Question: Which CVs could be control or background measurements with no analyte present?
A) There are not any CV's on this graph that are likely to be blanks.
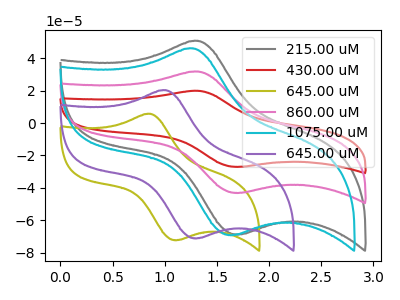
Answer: <think>The gray curve "215.00 uM" has an anodic peak at (1.30V, 50.80uA) and a cathodic peak at (1.70V, -68.75uA). The red curve "430.00 uM" has an anodic peak at (1.30V, 63.70uA) and a cathodic peak at (1.70V, -86.15uA). The olive curve "645.00 uM" has an anodic peak at (0.85V, 5.75uA) and a cathodic peak at (1.10V, -72.25uA). The pink curve "860.00 uM" has an anodic peak at (1.30V, 31.85uA) and a cathodic peak at (1.70V, -43.05uA). The cyan curve "1075.00 uM" has an anodic peak at (1.25V, 46.15uA) and a cathodic peak at (1.65V, -69.10uA). The purple curve "645.00 uM" has an anodic peak at (1.00V, 20.30uA) and a cathodic peak at (1.30V, -71.15uA).</think>
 <answer>A) There are not any CV's on this graph that are likely to be blanks.</answer>
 <eval>A</eval>